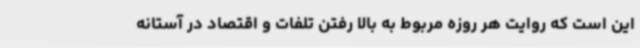
این است که روایت هر روزه مربوط به بالا رفتن تلفات و اقتصاد در آستانه